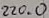
Text: 220.0